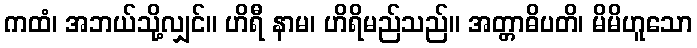
ကထံ၊ အဘယ်သို့လျှင်။ ဟိရီ နာမ၊ ဟိရိမည်သည်။ အတ္တာဓိပတိ၊ မိမိဟူသော